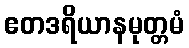
ဧတဒရိယာနမုတ္တမံ